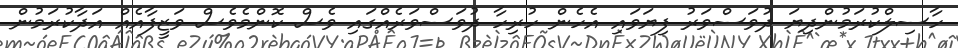
ހާސިލްކުރަމުންދިޔަ ދުވަސްވަރު ފިޔަވައި އެހެން ހުރިހާ ދުވަސްވަރެއްގައި ވެސް ކޮންމެވެސް ވަޒީފާއެއް އަދާކުރަމުން